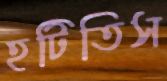
হটিতিস